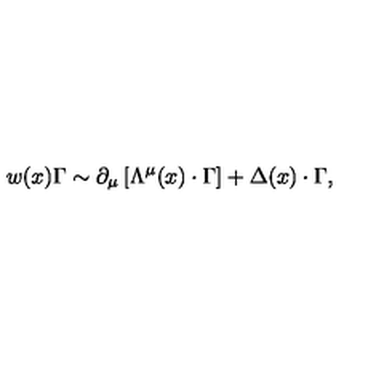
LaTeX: w ( x ) \Gamma \sim \partial _ { \mu } \left[ \Lambda ^ { \mu } ( x ) \cdot \Gamma \right] + \Delta ( x ) \cdot \Gamma ,